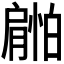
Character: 𰯜